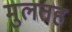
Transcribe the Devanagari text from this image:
मुलतह